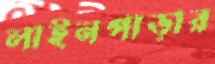
লাইনপাড়ার